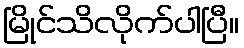
မြိုင်သိလိုက်ပါပြီ။